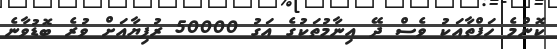
ކޮންމެ ހަފްތާއަކު ވެސް ދޭ އިނާމުތަކުގެ އަގު 50000 ރުފިޔާއަށް ވުރެ ބޮޑުވާނެ